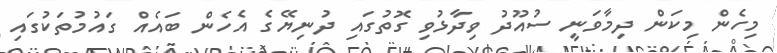
މިހެން މިކަން ދިމާވަނީ ސުއޫދު ވިދާޅުވި ގޮތުގައި ދުނިޔޭގެ އެހެން ބައެއް ގައުމުތަކުގައި